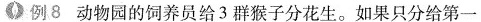
例8动物园的饲养员给3群猴子分花生。如果只分给第一